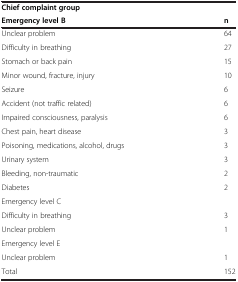
<table><thead><tr><td><b>Chief complaint group</b></td><td></td></tr><tr><td><b>Emergency level B</b></td><td><b>n</b></td></tr></thead><tbody><tr><td>Unclear problem</td><td>64</td></tr><tr><td>Difficulty in breathing</td><td>27</td></tr><tr><td>Stomach or back pain</td><td>15</td></tr><tr><td>Minor wound, fracture, injury</td><td>10</td></tr><tr><td>Seizure</td><td>6</td></tr><tr><td>Accident (not traffic related)</td><td>6</td></tr><tr><td>Impaired consciousness, paralysis</td><td>6</td></tr><tr><td>Chest pain, heart disease</td><td>3</td></tr><tr><td>Poisoning, medications, alcohol, drugs</td><td>3</td></tr><tr><td>Urinary system</td><td>3</td></tr><tr><td>Bleeding, non-traumatic</td><td>2</td></tr><tr><td>Diabetes</td><td>2</td></tr><tr><td>Emergency level C</td><td></td></tr><tr><td>Difficulty in breathing</td><td>3</td></tr><tr><td>Unclear problem</td><td>1</td></tr><tr><td>Emergency level E</td><td></td></tr><tr><td>Unclear problem</td><td>1</td></tr><tr><td>Total</td><td>152</td></tr></tbody></table>